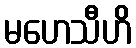
မဟေသီဟိ